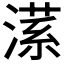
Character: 𣼒